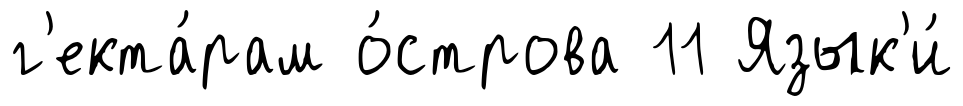
г'екта́рам о́строва 11 Язык'и́